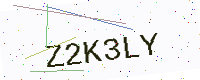
Text: Z2K3LY